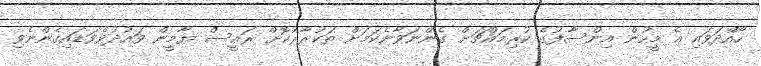
ހޯއްދަވައި އެ މީހުން އިންސާފުގެ ކުރިމައްޗަށް ގެންނަވާނެކަމަށް ތަކުރާރުކޮށް ރައީސް ޔާމީން ވައުދުވެވަޑައިގެންނެވި